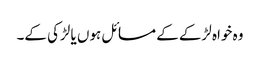
وہ خواہ لڑکے کے مسائل ہوں یا لڑکی کے۔